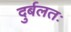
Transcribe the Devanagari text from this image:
दुर्बलतः